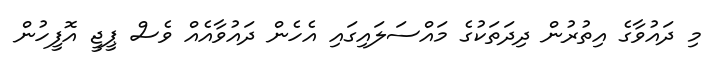
މި ދައުވާގެ އިތުރުން ދިދަތަކުގެ މައްސަލައިގައި އެހެން ދައުވާއެއް ވެސް ޕީޖީ އޮފީހުން